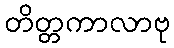
တိတ္တကာလာဗု